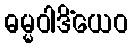
ဓမ္မဝါဒိံယေဝ